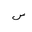
Letter: _sin